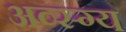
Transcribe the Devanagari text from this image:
अव्स्ग्य